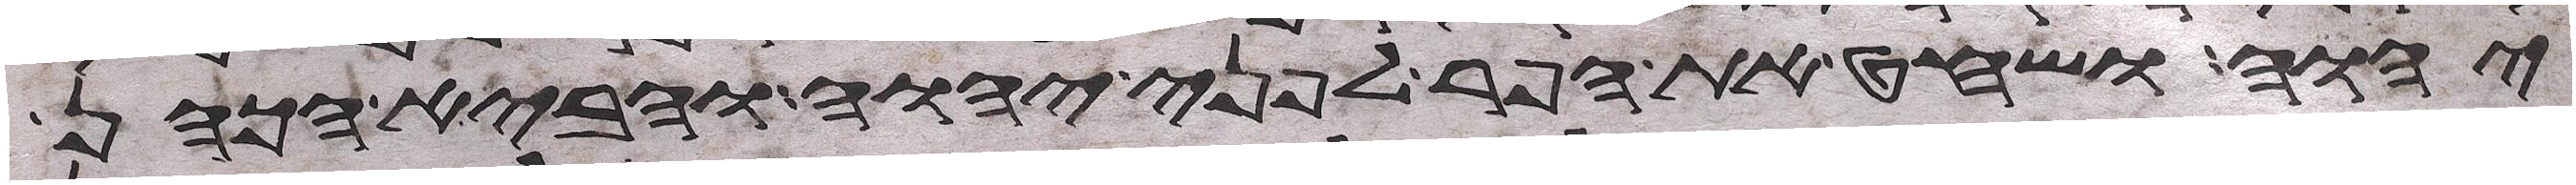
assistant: יהוה ושחט את הפר לפני יהוה והביא הכהן